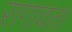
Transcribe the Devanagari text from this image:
रागावता